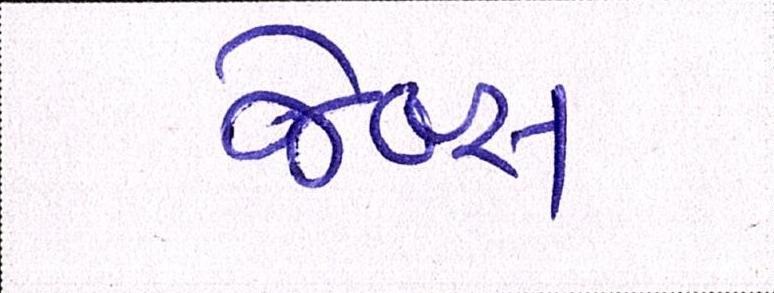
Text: જેબ્સ